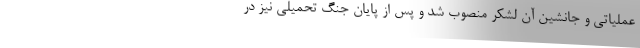
عملیاتی و جانشین آن لشکر منصوب شد و پس از پایان جنگ تحمیلی نیز در